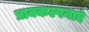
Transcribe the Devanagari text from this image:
प्राक्कल्पनाएं